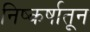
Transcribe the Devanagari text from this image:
निष्कर्षातून